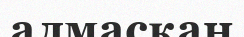
алмасқан